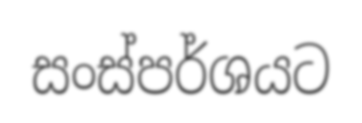
සංස්පර්ශයට